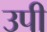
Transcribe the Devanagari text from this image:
उपी